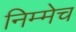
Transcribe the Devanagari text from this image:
निम्मेच